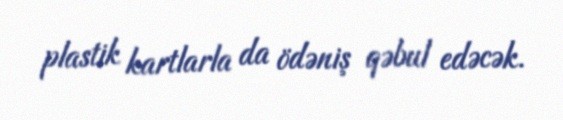
plastik kartlarla da ödəniş qəbul edəcək.